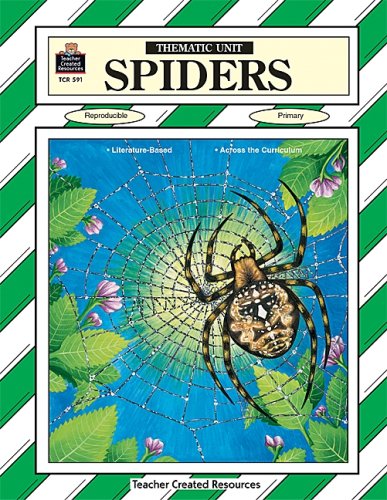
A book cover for SPIDERS Thematic Unit-  Reproducible  Intermediate; Kathee Gosnell; Sports & Outdoors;